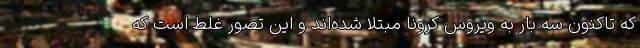
که تاکنون سه بار به ویروس کرونا مبتلا شده‌اند و این تصور غلط است که